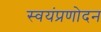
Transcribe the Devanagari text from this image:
स्वयंप्रणोदन